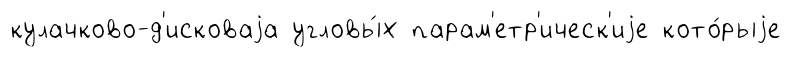
кулачково-д'исковаjа угловы́х парам'етр'ическ'иjе кото́рыjе